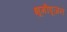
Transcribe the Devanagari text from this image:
भूमीपूजन